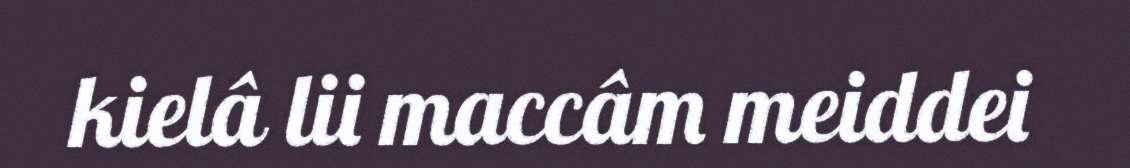
kielâ lii maccâm meiddei